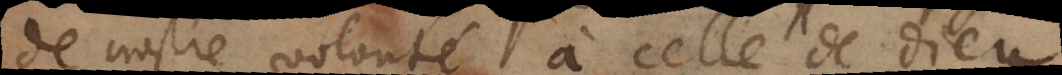
e nostre volonté à celle de Dieu